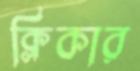
ক্লিকার